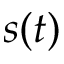
s ( t )